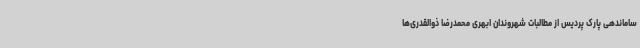
ساماندهی پارک پردیس از مطالبات شهروندان ابهری محمدرضا ذوالقدری‌ها